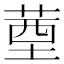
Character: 䓰